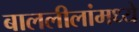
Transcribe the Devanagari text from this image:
बाललीलांमध्ये